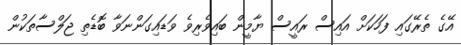
އޭގެ ތެރޭގައި ފަހަކަށް އައިސް ރައީސް ޔާމީން ބައިވެރިވެ ވަޑައިގަންނަވާ ބޮޑެތި ޖަލްސާތަކުން